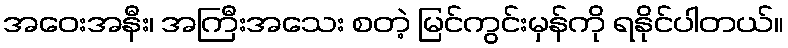
အဝေးအနီး၊ အကြီးအသေး စတဲ့ မြင်ကွင်းမှန်ကို ရနိုင်ပါတယ်။